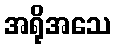
အရိုအသေ